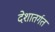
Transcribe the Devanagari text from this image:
देशातर्गत